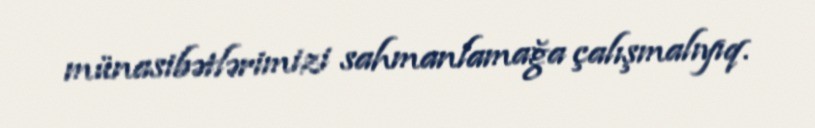
münasibətlərimizi sahmanlamağa çalışmalıyıq.